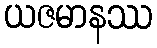
ယဇမာနဿ